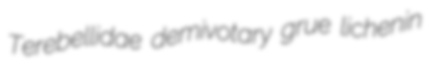
Terebellidae demivotary grue lichenin